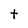
Character: t